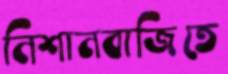
নিশানবাজিতে